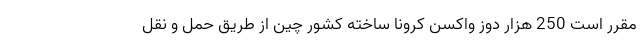
مقرر است 250 هزار دوز واکسن کرونا ساخته کشور چین از طریق حمل و نقل